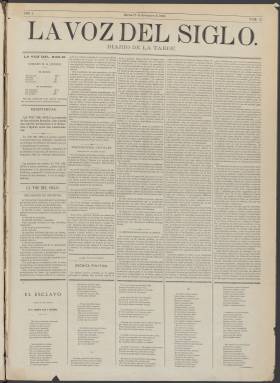
Título: La Voz del siglo
Colección: Periódicos
Ámbito geográfico: Madrid
Lugar de publicación: Madrid
Fechas: 17/11/1868-22/01/1869